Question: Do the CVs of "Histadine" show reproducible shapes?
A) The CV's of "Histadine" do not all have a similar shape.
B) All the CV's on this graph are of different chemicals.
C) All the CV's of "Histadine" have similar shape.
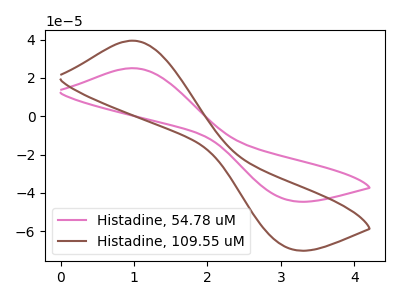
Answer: <think>The pink curve "Histadine, 54.78 uM" has an anodic peak at (1.00V, 25.10uA) and a cathodic peak at (3.10V, -43.80uA). The brown curve "Histadine, 109.55 uM" has an anodic peak at (1.00V, 39.45uA) and a cathodic peak at (3.10V, -68.85uA).
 All the peaks in "Histadine, 54.78 uM" have a peak in "Histadine, 109.55 uM" at the same potential. Every peak in "Histadine, 54.78 uM" is lower than every peak in "Histadine, 109.55 uM".</think>
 <answer>C) All the CV's of "Histadine" have similar shape.</answer>
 <eval>C</eval>